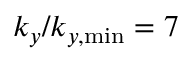
k _ { y } / k _ { y , \mathrm { m i n } } = 7